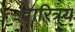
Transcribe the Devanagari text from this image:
चारित्रय